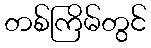
တစ်ကြိမ်တွင်